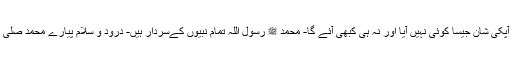
سرکار دوعالم و خاتم النبین کی ذات کی تعریف الفاظ احاطہ نہیں کر سکتے- آپکی شان جیسا کوئی نہیں آیا اور نہ ہی کبھی آئے گا- محمّد ﷺ رسول اللہ تمام نبیوٌں کےسردار ہیں- درود و سلام پیارے محمد صلی اللہ علیہ وآلہ وسلم پر جن پر ہم ہماری آل اولاد ہمارے والدین اور سب قربان۔